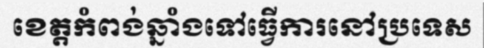
ខេត្តកំពង់ឆ្នាំងទៅធ្វើការនៅប្រទេស